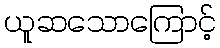
ယူဆသောကြောင့်